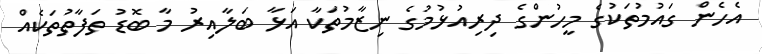
އެހެން ގައުމުތަކުގެ މީހުންގެ ދިރިއުޅުމުގެ ނިޒާމުތަކާ އަޅާ ބަލާއިރު މާ ބޮޑު ތަފާތުތަކެއް